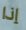
إذا